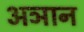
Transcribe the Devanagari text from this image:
अञान